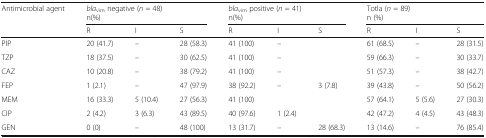
<table><thead><tr><td><b>Antimicrobial agent</b></td><td colspan="3"><b><i>bla</i><sub>vim</sub> negative (<i>n</i> = 48)n(%)</b></td><td colspan="3"><b><i>bla</i><sub>vim</sub> positive (<i>n</i> = 41)n(%)</b></td><td colspan="3"><b>Totla (<i>n</i> = 89)n (%)</b></td></tr><tr><td></td><td><b>R</b></td><td><b>I</b></td><td><b>S</b></td><td><b>R</b></td><td><b>I</b></td><td><b>S</b></td><td><b>R</b></td><td><b>I</b></td><td><b>S</b></td></tr></thead><tbody><tr><td>PIP</td><td>20 (41.7)</td><td>–</td><td>28 (58.3)</td><td>41 (100)</td><td>–</td><td></td><td>61 (68.5)</td><td>–</td><td>28 (31.5)</td></tr><tr><td>TZP</td><td>18 (37.5)</td><td>–</td><td>30 (62.5)</td><td>41 (100)</td><td>–</td><td></td><td>59 (66.3)</td><td>–</td><td>30 (33.7)</td></tr><tr><td>CAZ</td><td>10 (20.8)</td><td>–</td><td>38 (79.2)</td><td>41 (100)</td><td>–</td><td></td><td>51 (57.3)</td><td>–</td><td>38 (42.7)</td></tr><tr><td>FEP</td><td>1 (2.1)</td><td>–</td><td>47 (97.9)</td><td>38 (92.2)</td><td>–</td><td>3 (7.8)</td><td>39 (43.8)</td><td>–</td><td>50 (56.2)</td></tr><tr><td>MEM</td><td>16 (33.3)</td><td>5 (10.4)</td><td>27 (56.3)</td><td>41 (100)</td><td></td><td></td><td>57 (64.1)</td><td>5 (5.6)</td><td>27 (30.3)</td></tr><tr><td>CIP</td><td>2 (4.2)</td><td>3 (6.3)</td><td>43 (89.5)</td><td>40 (97.6)</td><td>1 (2.4)</td><td></td><td>42 (47.2)</td><td>4 (4.5)</td><td>43 (48.3)</td></tr><tr><td>GEN</td><td>0 (0)</td><td>–</td><td>48 (100)</td><td>13 (31.7)</td><td>–</td><td>28 (68.3)</td><td>13 (14.6)</td><td>–</td><td>76 (85.4)</td></tr></tbody></table>